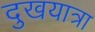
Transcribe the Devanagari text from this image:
दुखयात्रा